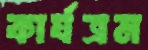
কার্যত্রম